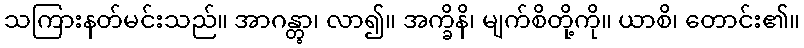
သကြားနတ်မင်းသည်။ အာဂန္တွာ၊ လာ၍။ အက္ခိနိ၊ မျက်စိတို့ကို။ ယာစိ၊ တောင်း၏။